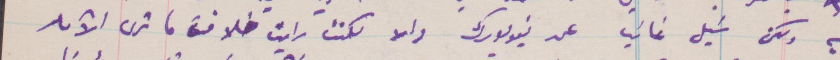
لكن شيل غائبا عن نيويورك والا لكنت رايت خلاف ما ترى الآن